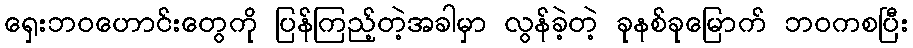
ရှေးဘဝဟောင်းတွေကို ပြန်ကြည့်တဲ့အခါမှာ လွန်ခဲ့တဲ့ ခုနစ်ခုမြောက် ဘဝကစပြီး